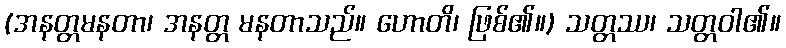
(အနတ္တမနတာ၊ အနတ္တ မနတာသည်။ ဟောတိ၊ ဖြစ်၏။) သတ္တဿ၊ သတ္တဝါ၏။